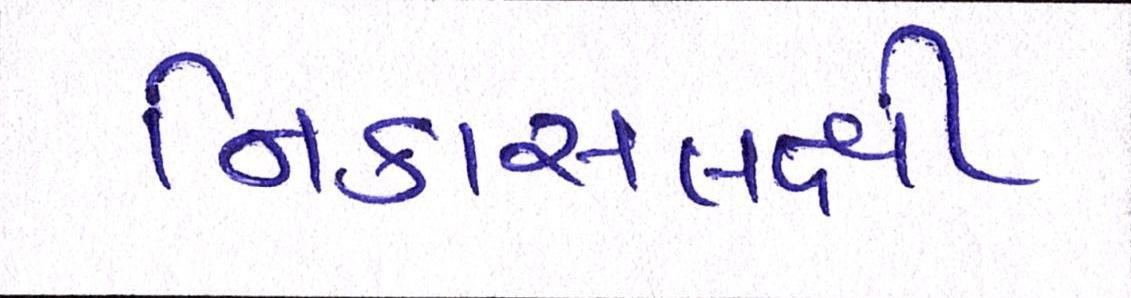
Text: નિકાસલક્ષી